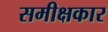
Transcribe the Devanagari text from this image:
समीक्षकार